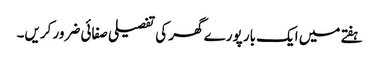
ہفتے میں ایک بار پورے گھر کی تفصیلی صفائی ضرور کریں۔